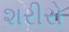
શરીરો